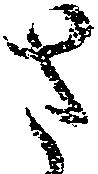
さ